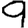
Digit: 9